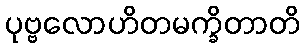
ပုဗ္ဗလောဟိတမက္ခိတာတိ